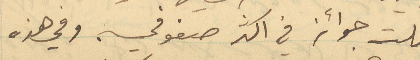
نلت جوائز في اكثر صفوفي. وفي هذه